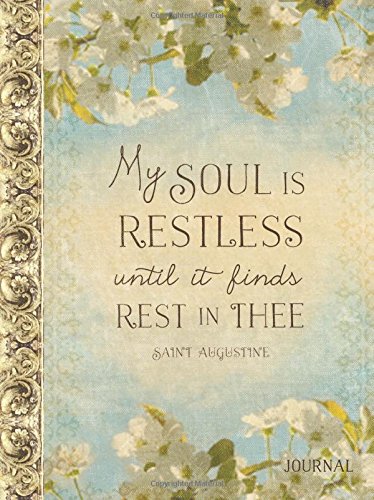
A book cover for My Soul Finds Rest Psalm 62:1; Ellie Claire; Self-Help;